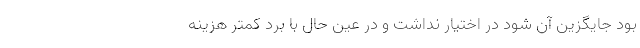
بود جایگزین آن شود در اختیار نداشت و در عین حال با برد کمتر هزینه